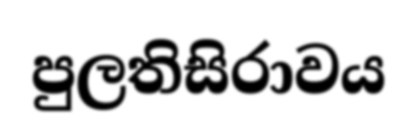
පුලතිසිරාවය